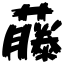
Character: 藤